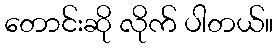
တောင်းဆို လိုက် ပါတယ်။